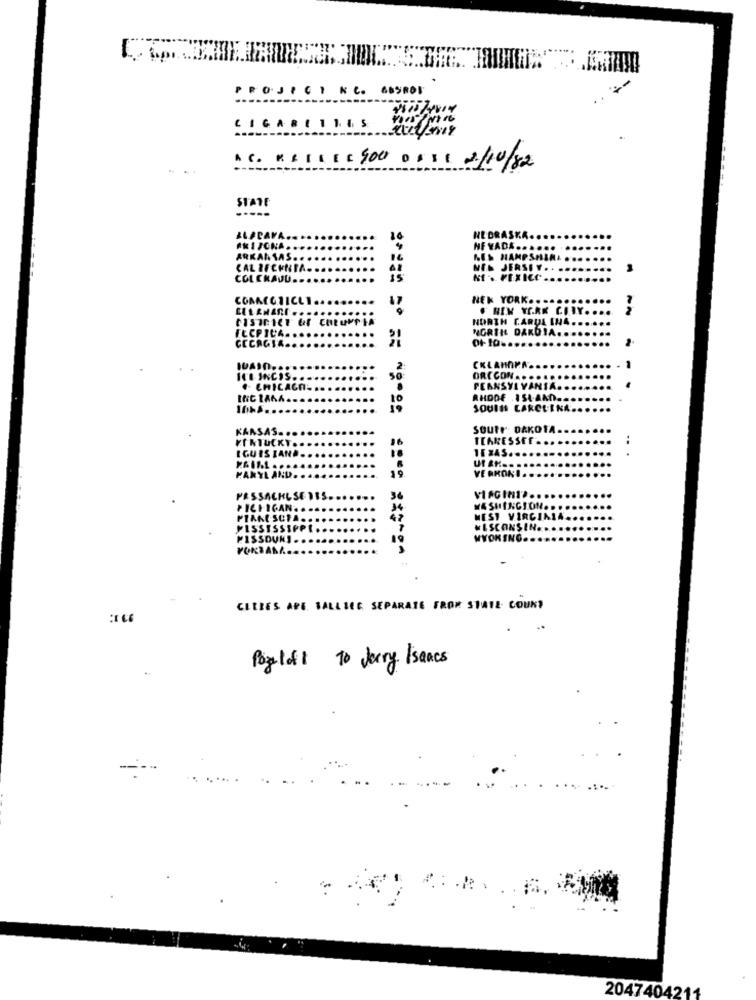
PROJECT KC. 68SBOF
CIGARIIIIS
ACRESCE[ 900 DE SE 2/10/82
STATE
-----
ALACAVA.
16
NEBRASKA
ARIZONA
NF YADA ...
. ...
ARKANSAS ...
16 HAMPSHIRE.
CAL IFCENIA.
NEL JERSEY ..
COLCHAUD ........
COMME
CONNECTICUT.
NEK YORK .. ..
. BEM YORK CON
NORTH CARDL INA.
NORTHL DAKDIA ..
FECPICA ..
CECACIA
01-10 ...
..
....
. 1
ORCCON ........
. CHICAGO-
PEANSYL VANIA ..
1 ..........
SOUIN CAROLINA.
soutr- DAKOTA
TEARESSEE .
..
JISIAN ...
..
YL AND.
VERKONI ..
PESSACHLSENIS-
36
VI AC
PICHICAN
WASHINGTON ..
PTARESCTA.
47
MEST VIRGIN
MISSISSIPPI
WISCONSIN ..
MISSOURI .
WYOKSA
PORTANA
=== = == ===== ==== ******
CELLES APE. SALLIEE SEPARATE FROM 31412. COUK?
Pozloft to Jerry Isaacs
-
2047404211